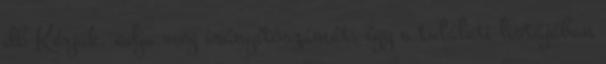
db Kérjük, adja meg irányítószámát, így a találati listájában